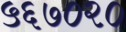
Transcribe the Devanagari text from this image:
५६७०२०